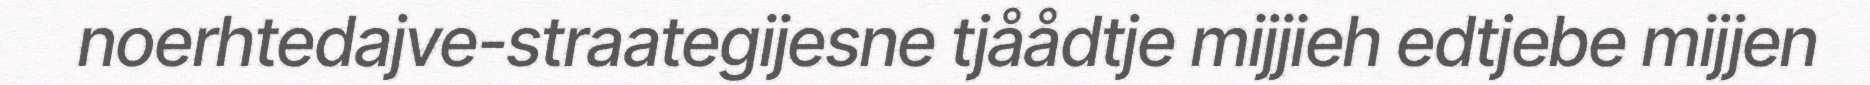
noerhtedajve-straategijesne tjåådtje mijjieh edtjebe mijjen